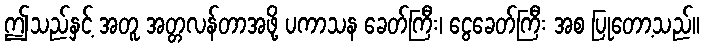
ဤသည်နှင့် အတူ အတ္တလန်တာအဖို့ ပကာသန ခေတ်ကြီး၊ ငွေခေတ်ကြီး အစ ပြုတော့သည်။